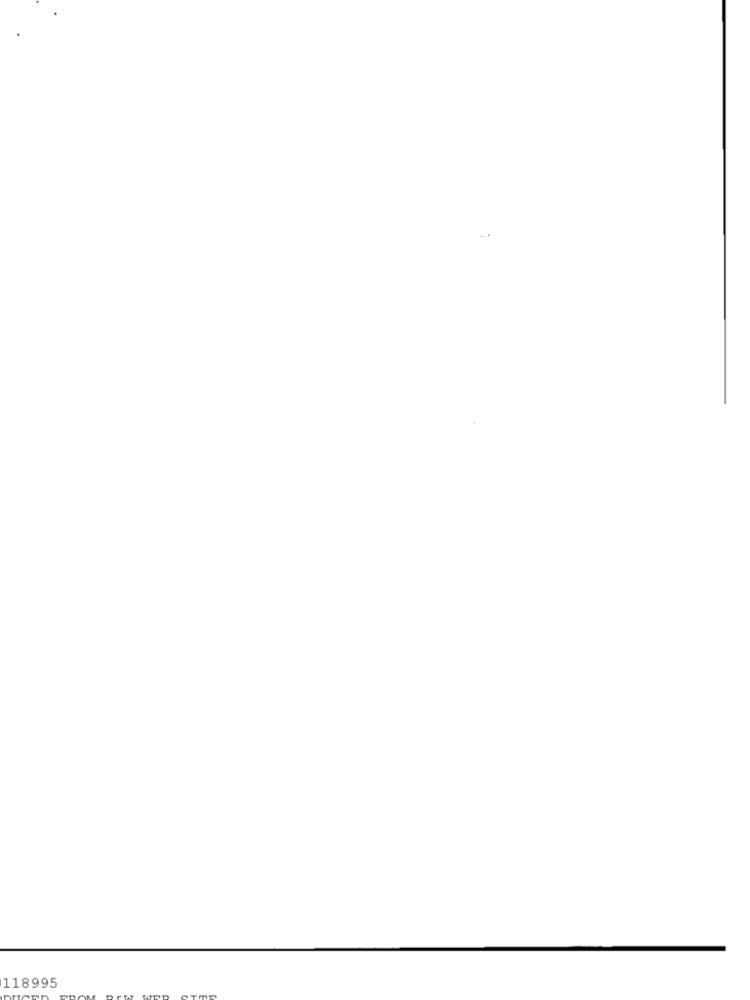
118995